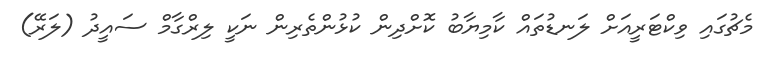
މެޗުގައި ވިކްޓަރީއަށް ލަނޑުތައް ކާމިޔާބު ކޮށްދިން ކުޅުންތެރިން ނަކީ ލިރްގާމް ސައީދު (ލަރޭ)